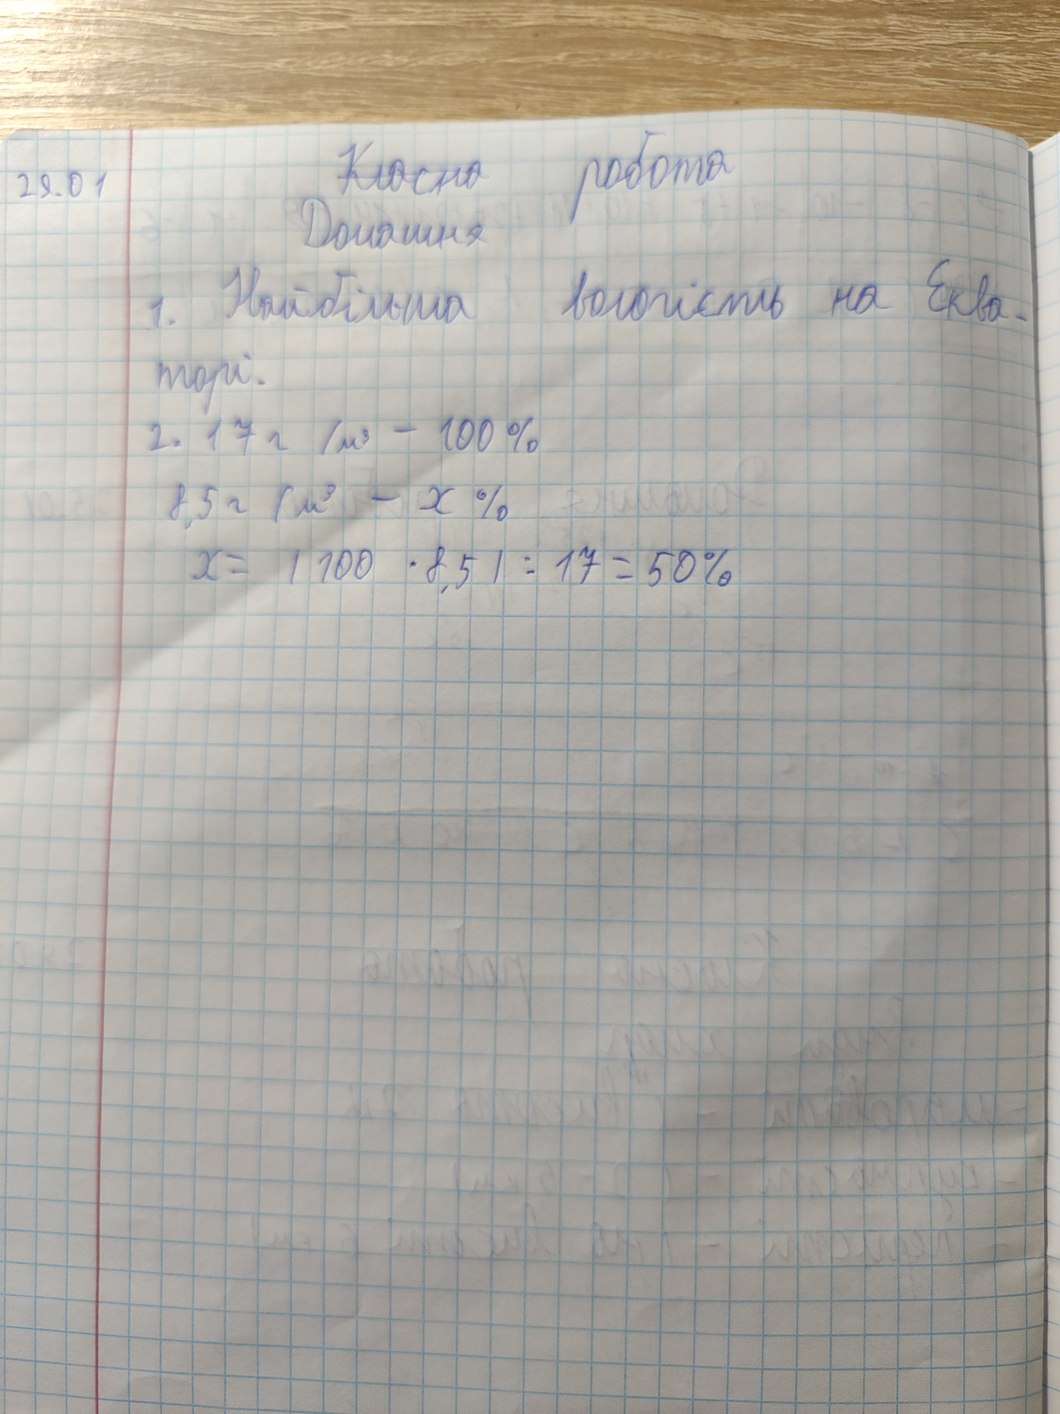
~~Класна~~ робота
29.01
Домашня
1. Найбільша вологість на Еква-
торі.
2. 17г /м^3 = 100%
8,5 г/м³ - x %
x = | 100 \cdot 8,5 | : 17 = 50%